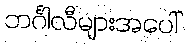
ဘင်္ဂါလီများအပေါ်